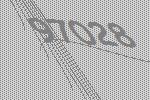
97028